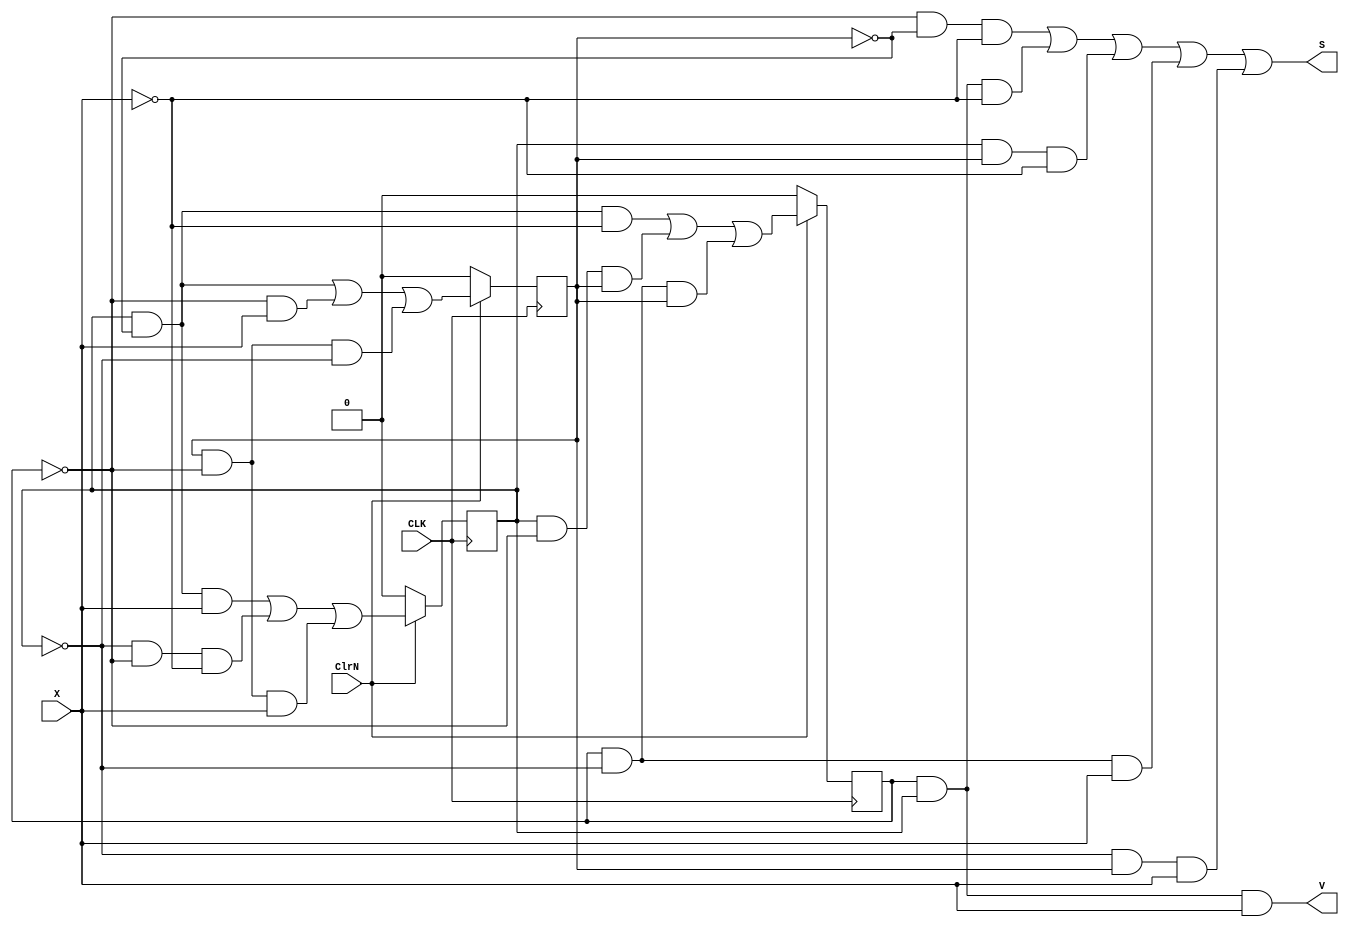
module ExCode_Converter2 (ClrN,X,CLK,S,V);
input X,CLK,ClrN;
output S,V;

reg Q1;
reg Q2;
reg Q3;

always @(negedge CLK)
begin 
if(~ClrN)
begin 
Q1<=0;
Q2<=0;
Q3<=0;
end
else
begin
Q1 <= (Q2 & ~Q3 & ~X) | (Q2 & ~Q1 & Q3) | (Q1 & ~Q2 & Q3);
Q2 <= (Q2 & ~Q3 & X) | (~Q2 & ~Q1 & ~X) | (Q3 & ~Q1 & X);
Q3 <= (Q2 & ~Q3) | (~Q1 & X) | (Q3 & ~Q1 & ~Q2);
end 
end

assign S = (~Q1 & ~Q3 & ~X) | (Q1 & Q2 & ~X) | (Q2 & Q3 & ~X) | (Q1 & ~Q2 & X) | (~Q2 & Q3 & X);
assign V = (Q1 & Q2 & X);  
endmodule